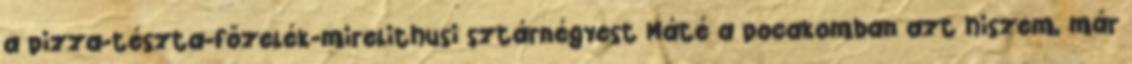
a pizza-tészta-főzelék-mirelithusi sztárnégyest Máté a pocakomban azt hiszem, már